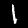
Digit: 1